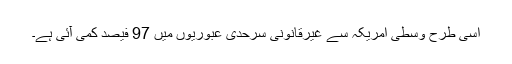
اسی طرح وسطی امریکہ سے غیرقانونی سرحدی عبوریوں میں 97 فیصد کمی آئی ہے۔